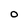
Character: O